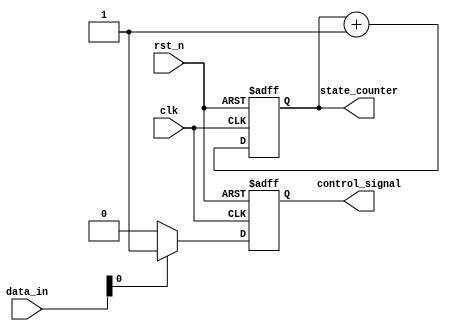
module DefaultStateInitialization (
    input wire clk,          // Clock signal
    input wire rst_n,       // Asynchronous active-low reset signal
    input wire [7:0] data_in, // Example data input for demonstration
    output reg [7:0] state_counter, // Example state variable (8-bit counter)
    output reg control_signal // Example control signal (1-bit)
);

// Default values for state variables
localparam DEFAULT_COUNTER = 8'b00000000; // Default value for the counter
localparam DEFAULT_CONTROL = 1'b0;         // Default value for the control signal

// Always block for asynchronous reset and state initialization
always @(posedge clk or negedge rst_n) begin
    if (!rst_n) begin
        // Reset state variables to default values
        state_counter <= DEFAULT_COUNTER;
        control_signal <= DEFAULT_CONTROL;
    end else begin
        // Update logic for state variables
        // Example: Increment the counter (for demonstration purposes)
        state_counter <= state_counter + 1;
        
        // Example control signal logic (can be modified as needed)
        if (data_in[0]) begin
            control_signal <= 1'b1; // Set control signal if data_in bit 0 is high
        end else begin
            control_signal <= 1'b0; // Clear control signal otherwise
        end
    end
end

endmodule